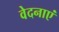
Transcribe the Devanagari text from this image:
वेदनाएं